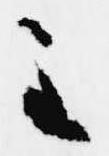
令